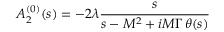
A _ { 2 } ^ { ( 0 ) } ( s ) = - 2 \lambda \frac { s } { s - M ^ { 2 } + i M \Gamma \, \theta ( s ) }